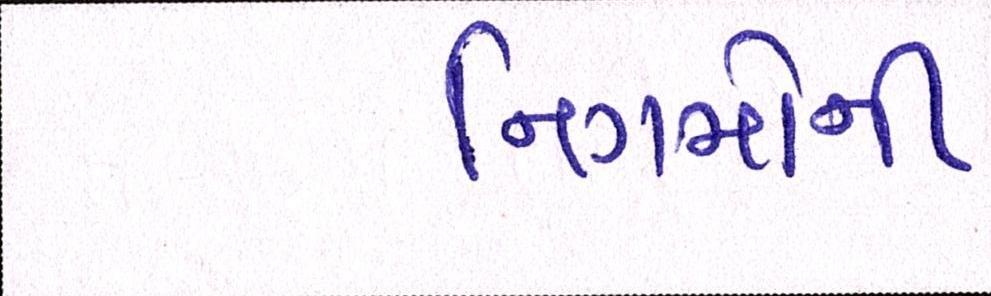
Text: નિગમોની